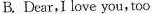
B. Dear,I love you,too